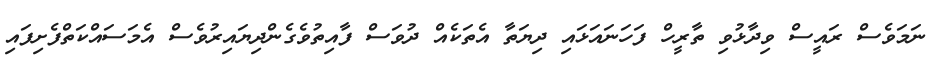
ނަމަވެސް ރައީސް ވިދާޅުވި ތާރީހް ފަހަނައަޅައި ދިޔަތާ އެތަކެއް ދުވަސް ފާއިތުވެގެންދިޔައިރުވެސް އެމަސައްކަތްފެށިފައި